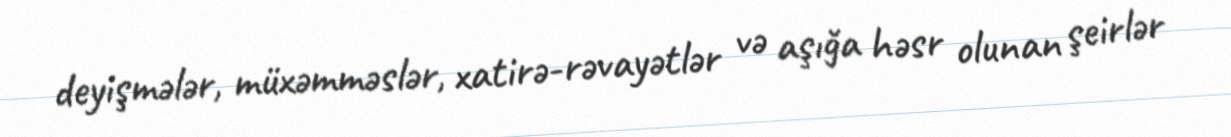
deyişmələr, müxəmməslər, xatirə-rəvayətlər və aşığa həsr olunan şeirlər